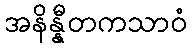
အနိန္နီတကသာဝံ